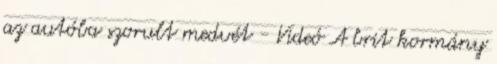
az autóba szorult medvét - Videó A brit kormány